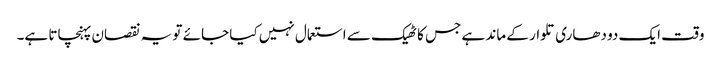
وقت ایک دو دھاری تلوار کے ماند ہے جس کا ٹھیک سے استعمال نہیں کیا جائے تو یہ نقصان پہنچاتا ہے۔